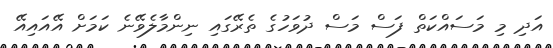
އަދި މި މަސައްކަތް ފަސް މަސް ދުވަހުގެ ތެރޭގައި ނިންމާލެވޭނެ ކަމަށް އޭއައިއޭ